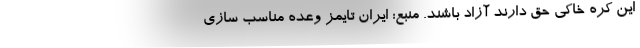
این کره خاکی حق دارند آزاد باشند. منبع: ایران تایمز وعده مناسب سازی